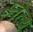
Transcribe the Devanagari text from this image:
स्तेल्थ